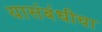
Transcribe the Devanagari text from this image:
यासंबंधीचा